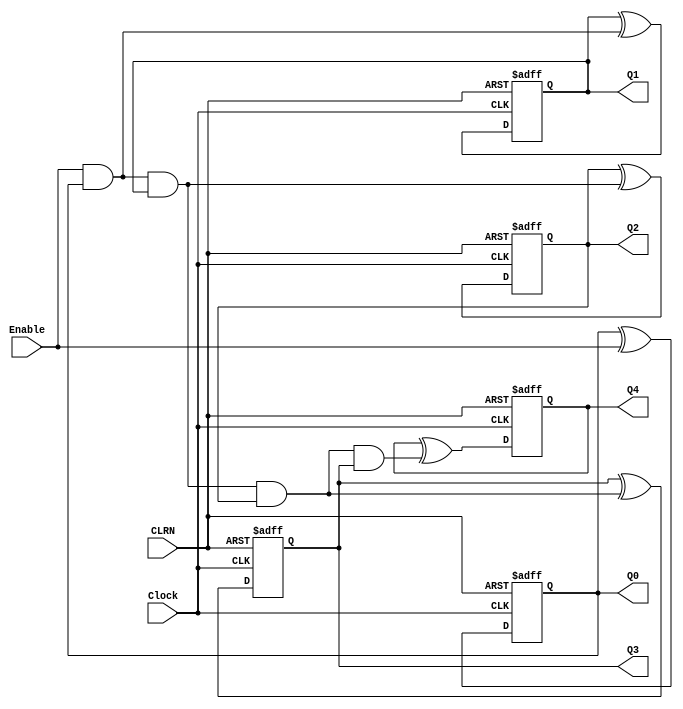
// This program was cloned from: https://github.com/regales/cpre281
// License: Apache License 2.0

// Copyright (C) 2023  Intel Corporation. All rights reserved.
// Your use of Intel Corporation's design tools, logic functions 
// and other software and tools, and any partner logic 
// functions, and any output files from any of the foregoing 
// (including device programming or simulation files), and any 
// associated documentation or information are expressly subject 
// to the terms and conditions of the Intel Program License 
// Subscription Agreement, the Intel Quartus Prime License Agreement,
// the Intel FPGA IP License Agreement, or other applicable license
// agreement, including, without limitation, that your use is for
// the sole purpose of programming logic devices manufactured by
// Intel and sold by Intel or its authorized distributors.  Please
// refer to the applicable agreement for further details, at
// https://fpgasoftware.intel.com/eula.

// PROGRAM		"Quartus Prime"
// VERSION		"Version 22.1std.1 Build 917 02/14/2023 SC Standard Edition"
// CREATED		"Tue Apr 16 18:37:14 2024"

module lab10step2b(
	Clock,
	Enable,
	CLRN,
	Q4,
	Q0,
	Q1,
	Q2,
	Q3
);


input wire	Clock;
input wire	Enable;
input wire	CLRN;
output reg	Q4;
output wire	Q0;
output wire	Q1;
output wire	Q2;
output wire	Q3;

wire	SYNTHESIZED_WIRE_7;
wire	SYNTHESIZED_WIRE_8;
wire	SYNTHESIZED_WIRE_9;
wire	SYNTHESIZED_WIRE_3;
reg	TFF_inst1;
reg	TFF_inst2;
reg	TFF_inst3;
reg	TFF_inst;

assign	Q0 = TFF_inst;
assign	Q1 = TFF_inst1;
assign	Q2 = TFF_inst2;
assign	Q3 = TFF_inst3;




always@(posedge Clock or negedge CLRN)
begin
if (!CLRN)
	begin
	TFF_inst <= 0;
	end
else
	TFF_inst <= TFF_inst ^ Enable;
end


always@(posedge Clock or negedge CLRN)
begin
if (!CLRN)
	begin
	TFF_inst1 <= 0;
	end
else
	TFF_inst1 <= TFF_inst1 ^ SYNTHESIZED_WIRE_7;
end


always@(posedge Clock or negedge CLRN)
begin
if (!CLRN)
	begin
	TFF_inst2 <= 0;
	end
else
	TFF_inst2 <= TFF_inst2 ^ SYNTHESIZED_WIRE_8;
end


always@(posedge Clock or negedge CLRN)
begin
if (!CLRN)
	begin
	TFF_inst3 <= 0;
	end
else
	TFF_inst3 <= TFF_inst3 ^ SYNTHESIZED_WIRE_9;
end


always@(posedge Clock or negedge CLRN)
begin
if (!CLRN)
	begin
	Q4 <= 0;
	end
else
	Q4 <= Q4 ^ SYNTHESIZED_WIRE_3;
end

assign	SYNTHESIZED_WIRE_8 = SYNTHESIZED_WIRE_7 & TFF_inst1;

assign	SYNTHESIZED_WIRE_9 = SYNTHESIZED_WIRE_8 & TFF_inst2;

assign	SYNTHESIZED_WIRE_3 = SYNTHESIZED_WIRE_9 & TFF_inst3;

assign	SYNTHESIZED_WIRE_7 = Enable & TFF_inst;


endmodule